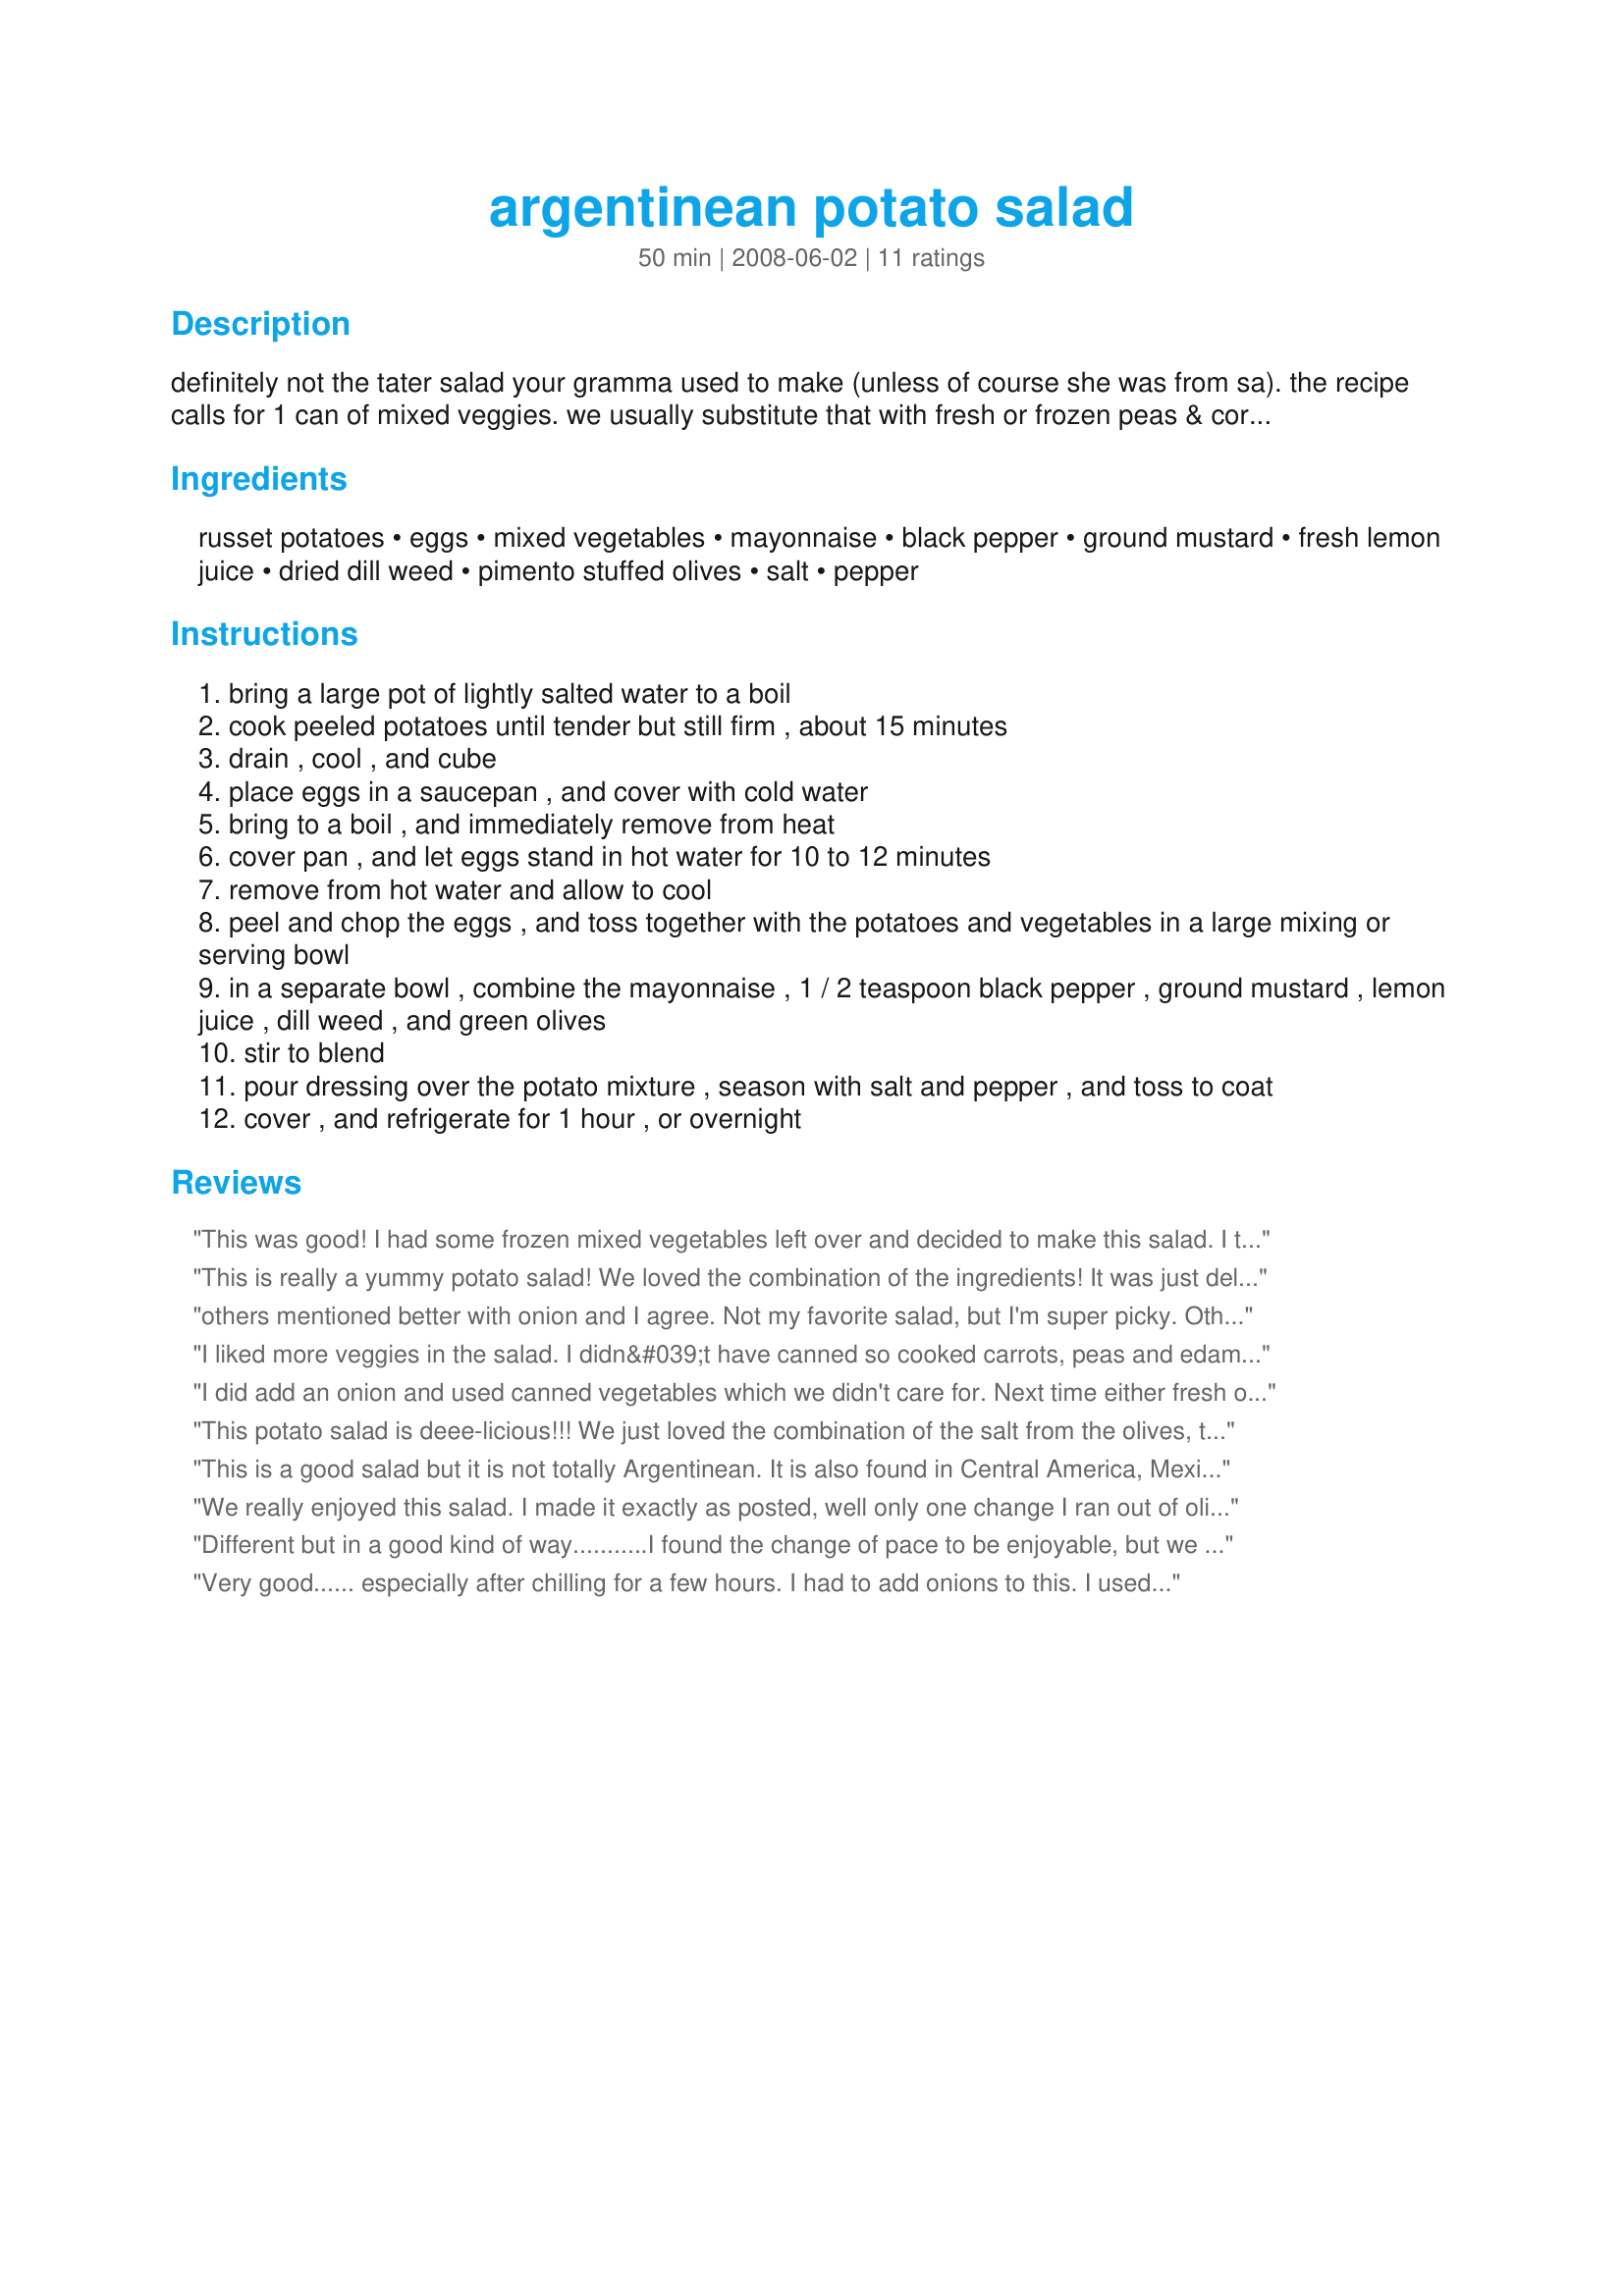
argentinean potato salad
Preparation time: 50 minutes

definitely not the tater salad your gramma used to make (unless of course she was from sa). the recipe calls for 1 can of mixed veggies. we usually substitute that with fresh or frozen peas & corn. try it either way ya like.

Ingredients:
russet potatoes, eggs, mixed vegetables, mayonnaise, black pepper, ground mustard, fresh lemon juice, dried dill weed, pimento stuffed olives, salt, pepper

Steps:
bring a large pot of lightly salted water to a boil
cook peeled potatoes until tender but still firm , about 15 minutes
drain , cool , and cube
place eggs in a saucepan , and cover with cold water
bring to a boil , and immediately remove from heat
cover pan , and let eggs stand in hot water for 10 to 12 minutes
remove from hot water and allow to cool
peel and chop the eggs , and toss together with the potatoes and vegetables in a large mixing or serving bowl
in a separate bowl , combine the mayonnaise , 1 / 2 teaspoon black pepper , ground mustard , lemon juice , dill weed , and green olives
stir to blend
pour dressing over the potato mixture , season with salt and pepper , and toss to coat
cover , and refrigerate for 1 hour , or overnight

Reviews:
This was good! I had some frozen mixed vegetables left over and decided to make this salad. I thought it would be "just ok" but I was wrong! I liked it a lot and will definitely make again. Thanks for the recipe! Definitely a keeper!
This is really a yummy potato salad! We loved the combination of the ingredients! It was just delicious! Made for ZWT4 for the Tastebud Tickling Travellers.
others mentioned better with onion and I agree. Not my favorite salad, but I'm super picky. Other people at the barbecue liked it more than I did so more stars. Used frozen corn and peas. Made for Daffy Daffodils ZWT4
I liked more veggies in the salad. I didn&#039;t have canned so cooked carrots, peas and edamame beans and added. Much enjoyed. Thanks!
I did add an onion and used canned vegetables which we didn't care for. Next time either fresh or frozen as you suggested. Made for ZWT4.
This potato salad is deee-licious!!! We just loved the combination of the salt from the olives, the acid from the lemons and the herby mayo. The veggies that are added really compliment the salad visually and taste. We loved it! Thank you so much Sassy Girl!!! Made for South and Central American Forum's Zaar World Tour 4 Challenge. Triple Yum! Whine and Cheese.
This is a good salad but it is not totally Argentinean. It is also found in Central America, Mexico, and most of the European countries. Aways served in the Slavic Countries.
We really enjoyed this salad. I made it exactly as posted, well only one change I ran out of olives so I used pickles and I had to add some onion. It was great. Thank you
Different but in a good kind of way...........I found the change of pace to be enjoyable, but we are onion lovers too and would like to see that added next time. It is always nice to mix things up a bit and we really liked the olives and dill combination. Used frozen vegetables as suggested and like to additional texture those added. All around a good choice for a change of pace.
 Thanks!
 ZWT 4
 cookin' cats team
Very good...... especially after chilling for a few hours. I had to add onions to this. I used the option of the frozen peas and frozen corn instead of the canned vegetables. They added a bright color and crunch that you wouldn't get with canned veggies. Loved the olives! Thanx for a nice new potato salad!
This is very, very good and so pretty. My husband was not impressed when he saw that I had changed from my usual potato salad. He said "when you have the best why do you fool around" but he ended up enjoying this salad. I nearly changed the olives to capers as he doesn't like them but decided to chop them small and leave them in and they really are nice in the salad (spoken by a true olive lover). I will be using this recipe again. It was made for ZWT4. Thanks for sharing your recipe.
